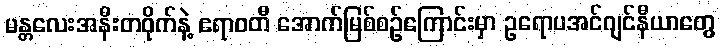
မန္တလေးအနီးတဝိုက်နဲ့ ဧရာဝတီ အောက်မြစ်စဉ်ကြောင်းမှာ ဥရောပအင်ဂျင်နီယာတွေ